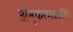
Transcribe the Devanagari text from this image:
अनुकरणक्कळि।